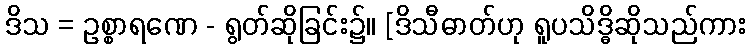
ဒိသ = ဥစ္စာရဏေ - ရွတ်ဆိုခြင်း၌။ [ဒိသီဓာတ်ဟု ရူပသိဒ္ဓိဆိုသည်ကား